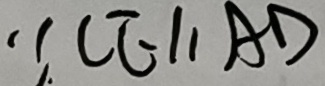
\because C E / / A D